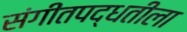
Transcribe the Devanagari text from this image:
संगीतपद्धतीला